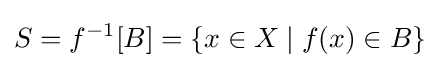
S=f^{-1}[B]=\{x\in X\mid f(x)\in B\}